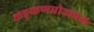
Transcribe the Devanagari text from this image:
कङ्कणप्रोज्ज्वलं